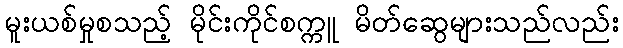
မူးယစ်မှုစသည့် မိုင်းကိုင်စက္ကူ မိတ်ဆွေများသည်လည်း